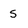
Character: s